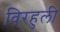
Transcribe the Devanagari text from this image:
विरहुली